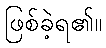
ဖြစ်ခဲ့ရ၏။